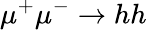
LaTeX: \mu^{+}\mu^{-}\to hh